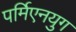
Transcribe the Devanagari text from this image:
पर्मिएनयुग